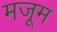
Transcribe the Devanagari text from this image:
मजूम